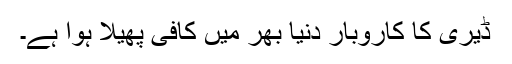
ڈیری کا کاروبار دنیا بھر میں کافی پھیلا ہوا ہے۔